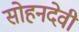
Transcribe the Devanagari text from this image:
सोहनदेवी